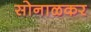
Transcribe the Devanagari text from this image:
सोनाळकर